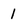
Character: 1